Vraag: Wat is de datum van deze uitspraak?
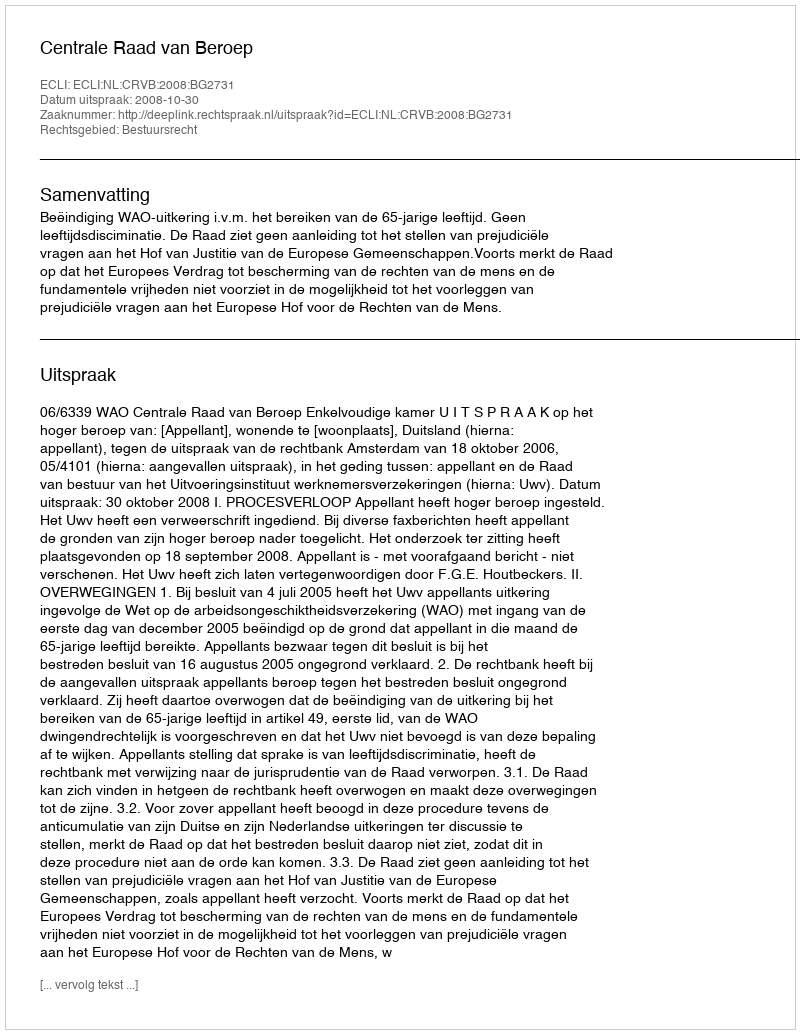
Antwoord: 2008-10-30